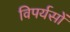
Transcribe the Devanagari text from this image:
विपर्यसों